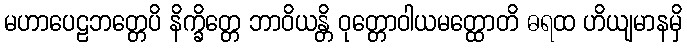
မဟာပေဠဘတ္တေပိ နိက္ခိတ္တေ ဘာဝိယန္တိ ဝုတ္တောဝါယမတ္ထောတိ ဓရထ ဟိယျမာနမှိ